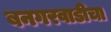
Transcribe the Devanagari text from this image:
बनगरवाडीचा